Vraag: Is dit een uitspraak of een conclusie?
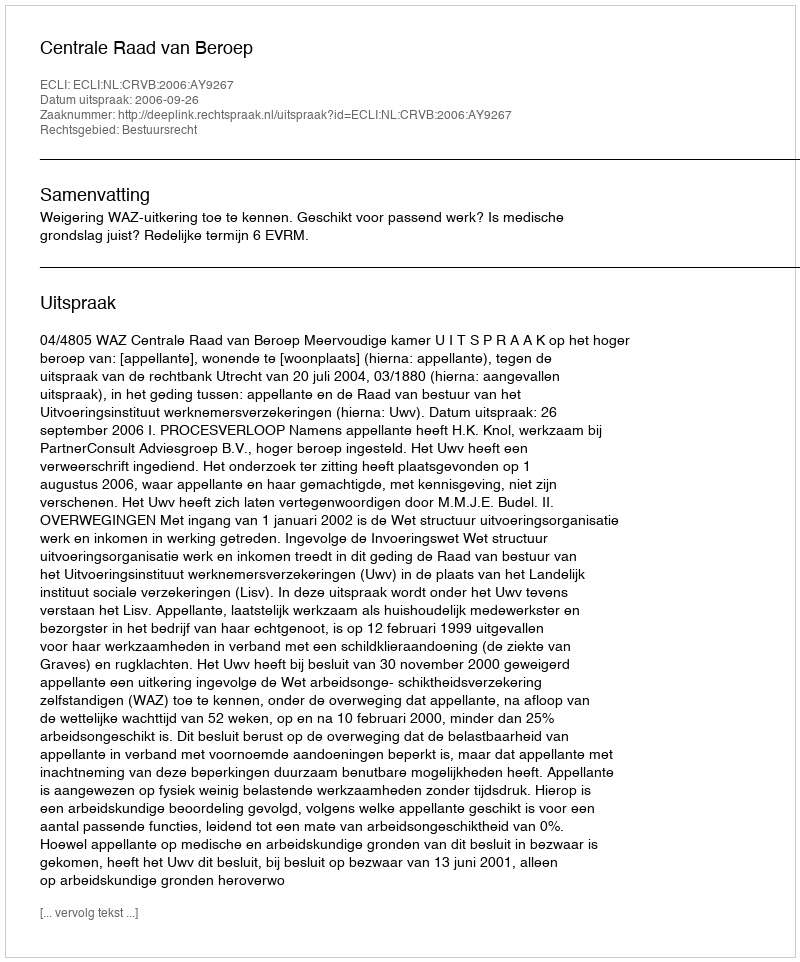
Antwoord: Uitspraak